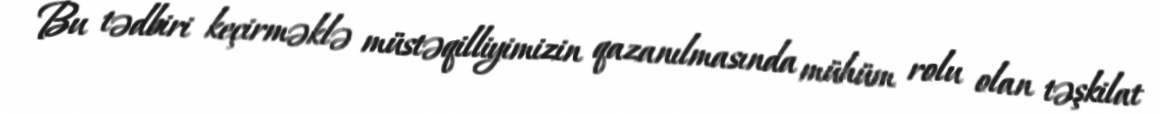
Bu tədbiri keçirməklə müstəqilliyimizin qazanılmasında mühüm rolu olan təşkilat